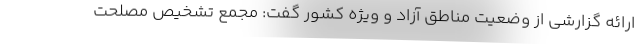
ارائه گزارشی از وضعیت مناطق آزاد و ویژه کشور گفت: مجمع تشخیص مصلحت